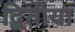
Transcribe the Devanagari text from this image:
द्बितीया